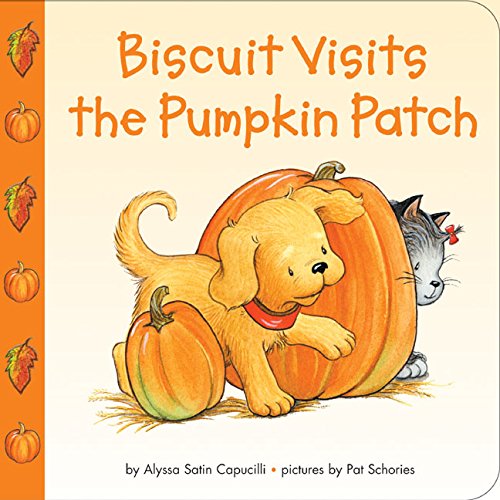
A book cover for Biscuit Visits the Pumpkin Patch; Alyssa Satin Capucilli; Children's Books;